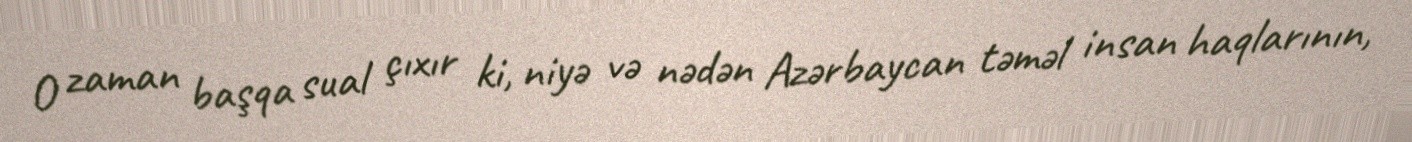
O zaman başqa sual çıxır ki, niyə və nədən Azərbaycan təməl insan haqlarının,